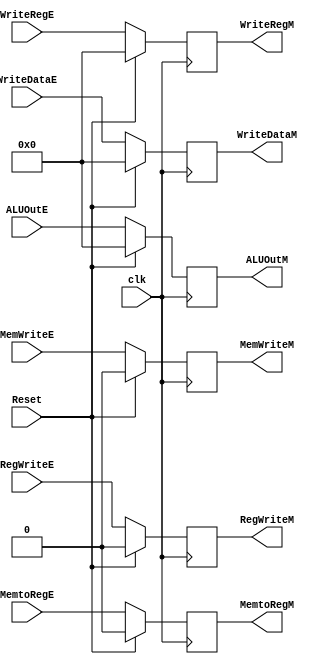
`timescale 1ns / 1ps

`timescale 1ns / 1ps

module PipRegEx_Mem(clk, Reset, RegWriteE, RegWriteM, MemtoRegE,
		 MemtoRegM, MemWriteE, MemWriteM, ALUOutE, ALUOutM,
		 WriteDataE, WriteDataM, WriteRegE, WriteRegM);
		 
  input clk, Reset,  RegWriteE, MemtoRegE, MemWriteE;
  input [31:0] WriteRegE, WriteDataE, ALUOutE;
  
  output reg RegWriteM, MemtoRegM, MemWriteM;
  output reg [31:0] WriteRegM, WriteDataM, ALUOutM;

  always @ (posedge clk) 
  begin
    if (Reset) 
	 begin
			RegWriteM <= 0;
			MemtoRegM <= 0;
			MemWriteM <= 0;
			WriteRegM <= 0;
			WriteDataM <= 0;
			ALUOutM <= 0;
    end
    else 
	 begin
			RegWriteM <= RegWriteE;
			MemtoRegM <= MemtoRegE;
			MemWriteM <= MemWriteE;
			WriteRegM <= WriteRegE;
			WriteDataM <= WriteDataE;
			ALUOutM <= ALUOutE;
    end
  end
endmodule